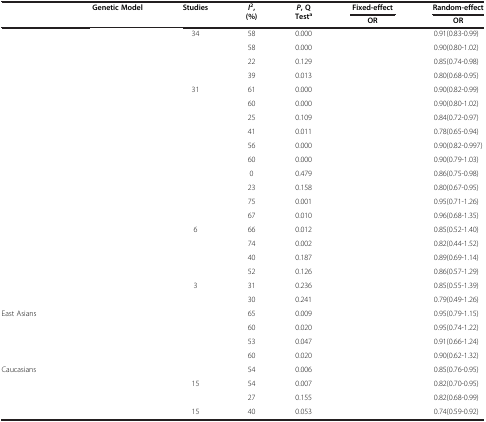
<table><thead><tr><td rowspan="2">[EMPTY_CELL]</td><td rowspan="2"><b>Genetic Model</b></td><td rowspan="2"><b>Studies</b></td><td rowspan="2"><b><i>I</i><sup>2</sup>, (%)</b></td><td rowspan="2"><b><i>P</i>, Q Test<sup>a</sup></b></td><td><b>Fixed-effect</b></td><td><b>Random-effect</b></td></tr><tr><td><b>OR</b></td><td><b>OR</b></td></tr></thead><tbody><tr><td>[EMPTY_CELL]</td><td>[EMPTY_CELL]</td><td>34</td><td>58</td><td>0.000</td><td>[EMPTY_CELL]</td><td>0.91(0.83-0.99)</td></tr><tr><td>[EMPTY_CELL]</td><td>[EMPTY_CELL]</td><td>[EMPTY_CELL]</td><td>58</td><td>0.000</td><td>[EMPTY_CELL]</td><td>0.90(0.80-1.02)</td></tr><tr><td>[EMPTY_CELL]</td><td>[EMPTY_CELL]</td><td>[EMPTY_CELL]</td><td>22</td><td>0.129</td><td>[EMPTY_CELL]</td><td>0.85(0.74-0.98)</td></tr><tr><td>[EMPTY_CELL]</td><td>[EMPTY_CELL]</td><td>[EMPTY_CELL]</td><td>39</td><td>0.013</td><td>[EMPTY_CELL]</td><td>0.80(0.68-0.95)</td></tr><tr><td>[EMPTY_CELL]</td><td>[EMPTY_CELL]</td><td>31</td><td>61</td><td>0.000</td><td>[EMPTY_CELL]</td><td>0.90(0.82-0.99)</td></tr><tr><td>[EMPTY_CELL]</td><td>[EMPTY_CELL]</td><td>[EMPTY_CELL]</td><td>60</td><td>0.000</td><td>[EMPTY_CELL]</td><td>0.90(0.80-1.02)</td></tr><tr><td>[EMPTY_CELL]</td><td>[EMPTY_CELL]</td><td>[EMPTY_CELL]</td><td>25</td><td>0.109</td><td>[EMPTY_CELL]</td><td>0.84(0.72-0.97)</td></tr><tr><td>[EMPTY_CELL]</td><td>[EMPTY_CELL]</td><td>[EMPTY_CELL]</td><td>41</td><td>0.011</td><td>[EMPTY_CELL]</td><td>0.78(0.65-0.94)</td></tr><tr><td>[EMPTY_CELL]</td><td>[EMPTY_CELL]</td><td>[EMPTY_CELL]</td><td>56</td><td>0.000</td><td>[EMPTY_CELL]</td><td>0.90(0.82-0.997)</td></tr><tr><td>[EMPTY_CELL]</td><td>[EMPTY_CELL]</td><td>[EMPTY_CELL]</td><td>60</td><td>0.000</td><td>[EMPTY_CELL]</td><td>0.90(0.79-1.03)</td></tr><tr><td>[EMPTY_CELL]</td><td>[EMPTY_CELL]</td><td>[EMPTY_CELL]</td><td>0</td><td>0.479</td><td>[EMPTY_CELL]</td><td>0.86(0.75-0.98)</td></tr><tr><td>[EMPTY_CELL]</td><td>[EMPTY_CELL]</td><td>[EMPTY_CELL]</td><td>23</td><td>0.158</td><td>[EMPTY_CELL]</td><td>0.80(0.67-0.95)</td></tr><tr><td>[EMPTY_CELL]</td><td>[EMPTY_CELL]</td><td>[EMPTY_CELL]</td><td>75</td><td>0.001</td><td>[EMPTY_CELL]</td><td>0.95(0.71-1.26)</td></tr><tr><td>[EMPTY_CELL]</td><td>[EMPTY_CELL]</td><td>[EMPTY_CELL]</td><td>67</td><td>0.010</td><td>[EMPTY_CELL]</td><td>0.96(0.68-1.35)</td></tr><tr><td>[EMPTY_CELL]</td><td>[EMPTY_CELL]</td><td>6</td><td>66</td><td>0.012</td><td>[EMPTY_CELL]</td><td>0.85(0.52-1.40)</td></tr><tr><td>[EMPTY_CELL]</td><td>[EMPTY_CELL]</td><td>[EMPTY_CELL]</td><td>74</td><td>0.002</td><td>[EMPTY_CELL]</td><td>0.82(0.44-1.52)</td></tr><tr><td>[EMPTY_CELL]</td><td>[EMPTY_CELL]</td><td>[EMPTY_CELL]</td><td>40</td><td>0.187</td><td>[EMPTY_CELL]</td><td>0.89(0.69-1.14)</td></tr><tr><td>[EMPTY_CELL]</td><td>[EMPTY_CELL]</td><td>[EMPTY_CELL]</td><td>52</td><td>0.126</td><td>[EMPTY_CELL]</td><td>0.86(0.57-1.29)</td></tr><tr><td>[EMPTY_CELL]</td><td>[EMPTY_CELL]</td><td>3</td><td>31</td><td>0.236</td><td>[EMPTY_CELL]</td><td>0.85(0.55-1.39)</td></tr><tr><td>[EMPTY_CELL]</td><td>[EMPTY_CELL]</td><td>[EMPTY_CELL]</td><td>30</td><td>0.241</td><td>[EMPTY_CELL]</td><td>0.79(0.49-1.26)</td></tr><tr><td>East Asians</td><td>[EMPTY_CELL]</td><td>[EMPTY_CELL]</td><td>65</td><td>0.009</td><td>[EMPTY_CELL]</td><td>0.95(0.79-1.15)</td></tr><tr><td>[EMPTY_CELL]</td><td>[EMPTY_CELL]</td><td>[EMPTY_CELL]</td><td>60</td><td>0.020</td><td>[EMPTY_CELL]</td><td>0.95(0.74-1.22)</td></tr><tr><td>[EMPTY_CELL]</td><td>[EMPTY_CELL]</td><td>[EMPTY_CELL]</td><td>53</td><td>0.047</td><td>[EMPTY_CELL]</td><td>0.91(0.66-1.24)</td></tr><tr><td>[EMPTY_CELL]</td><td>[EMPTY_CELL]</td><td>[EMPTY_CELL]</td><td>60</td><td>0.020</td><td>[EMPTY_CELL]</td><td>0.90(0.62-1.32)</td></tr><tr><td>Caucasians</td><td>[EMPTY_CELL]</td><td>[EMPTY_CELL]</td><td>54</td><td>0.006</td><td>[EMPTY_CELL]</td><td>0.85(0.76-0.95)</td></tr><tr><td>[EMPTY_CELL]</td><td>[EMPTY_CELL]</td><td>15</td><td>54</td><td>0.007</td><td>[EMPTY_CELL]</td><td>0.82(0.70-0.95)</td></tr><tr><td>[EMPTY_CELL]</td><td>[EMPTY_CELL]</td><td>[EMPTY_CELL]</td><td>27</td><td>0.155</td><td>[EMPTY_CELL]</td><td>0.82(0.68-0.99)</td></tr><tr><td>[EMPTY_CELL]</td><td>[EMPTY_CELL]</td><td>15</td><td>40</td><td>0.053</td><td>[EMPTY_CELL]</td><td>0.74(0.59-0.92)</td></tr></tbody></table>